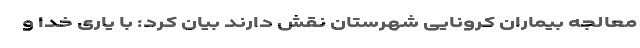
معالجه بیماران کرونایی شهرستان نقش دارند بیان کرد: با یاری خدا و